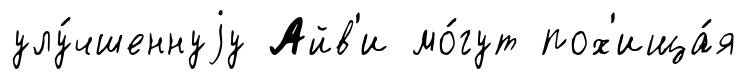
улу́чшеннуjу Айв'и мо́гут пох'ища́я